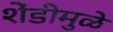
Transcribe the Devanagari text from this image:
शेंडीमुळे